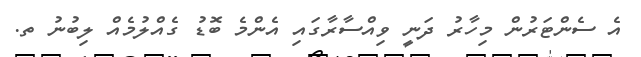
އެ ސެންޓަރުން މިހާރު ދަނީ ވިއްސާރާގައި އެންމެ ބޮޑު ގެއްލުމެއް ލިބުނު ތ.